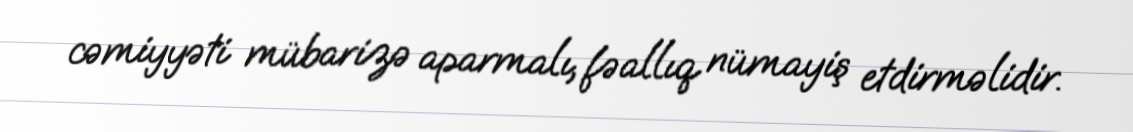
cəmiyyəti mübarizə aparmalı, fəallıq nümayiş etdirməlidir.